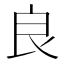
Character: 良